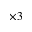
\times 3